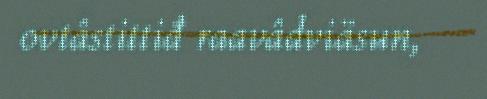
ovtâstittiđ raavâdviäsun,